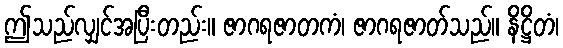
ဤသည်လျှင်အပြီးတည်း။ ဇာဂရဇာတကံ၊ ဇာဂရဇာတ်သည်။ နိဋ္ဌိတံ၊